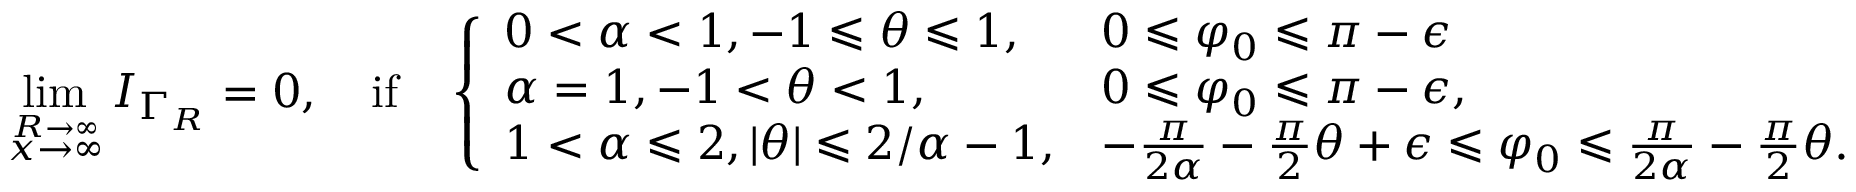
\operatorname* { l i m } _ { \stackrel { R \to \infty } { x \to \infty } } I _ { \Gamma _ { R } } = 0 , \quad \mathrm { i f } \quad \left\{ \begin{array} { l l } { 0 < \alpha < 1 , - 1 \leqslant \theta \leqslant 1 , } & { 0 \leqslant \varphi _ { 0 } \leqslant \pi - \epsilon } \\ { \alpha = 1 , - 1 < \theta < 1 , } & { 0 \leqslant \varphi _ { 0 } \leqslant \pi - \epsilon , } \\ { 1 < \alpha \leqslant 2 , | \theta | \leqslant 2 / \alpha - 1 , } & { - \frac { \pi } { 2 \alpha } - \frac { \pi } { 2 } \theta + \epsilon \leqslant \varphi _ { 0 } \leqslant \frac { \pi } { 2 \alpha } - \frac { \pi } { 2 } \theta . } \end{array} \right.